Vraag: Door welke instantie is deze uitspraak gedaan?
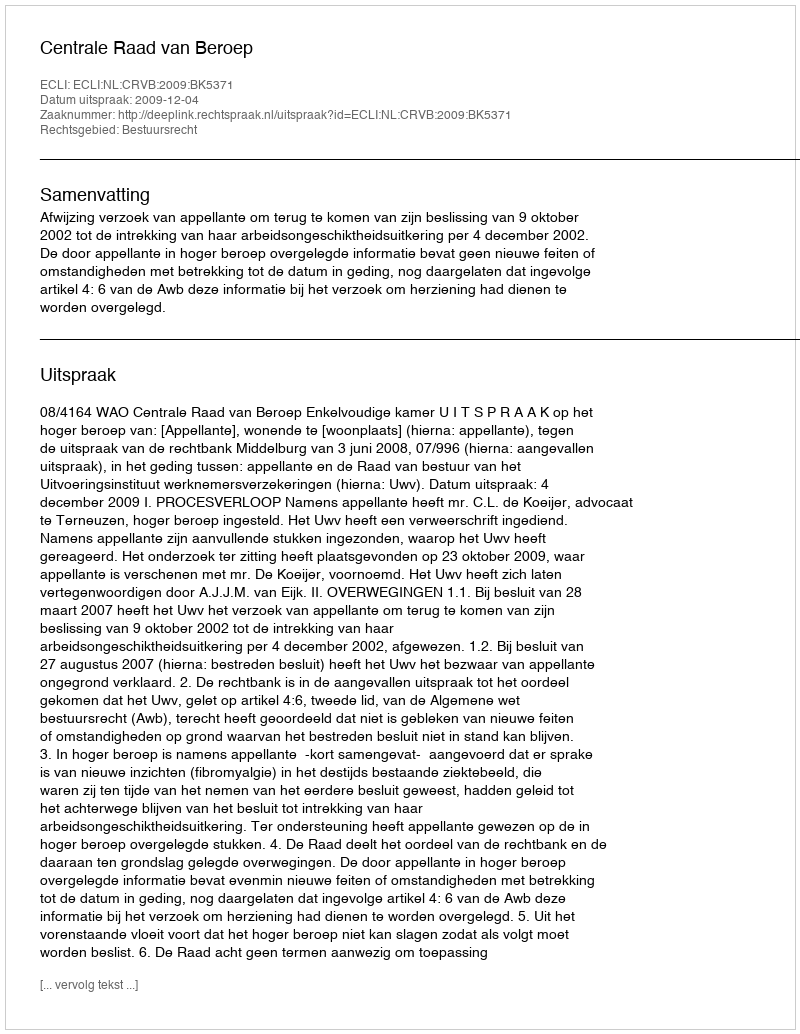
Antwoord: Centrale Raad van Beroep